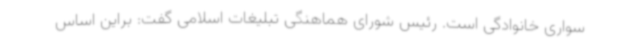
سواری خانوادگی است. رئیس شورای هماهنگی تبلیغات اسلامی گفت: براین اساس